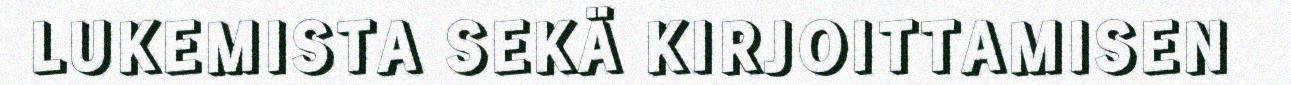
LUKEMISTA SEKÄ KIRJOITTAMISEN